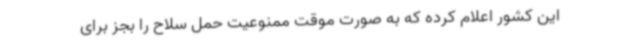
این کشور اعلام کرده که به صورت موقت ممنوعیت حمل سلاح را بجز برای